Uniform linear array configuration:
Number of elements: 8
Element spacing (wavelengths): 0.25
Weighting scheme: cosine
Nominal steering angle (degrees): -45
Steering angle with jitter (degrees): -46.531
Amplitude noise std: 0.05
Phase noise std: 0.05

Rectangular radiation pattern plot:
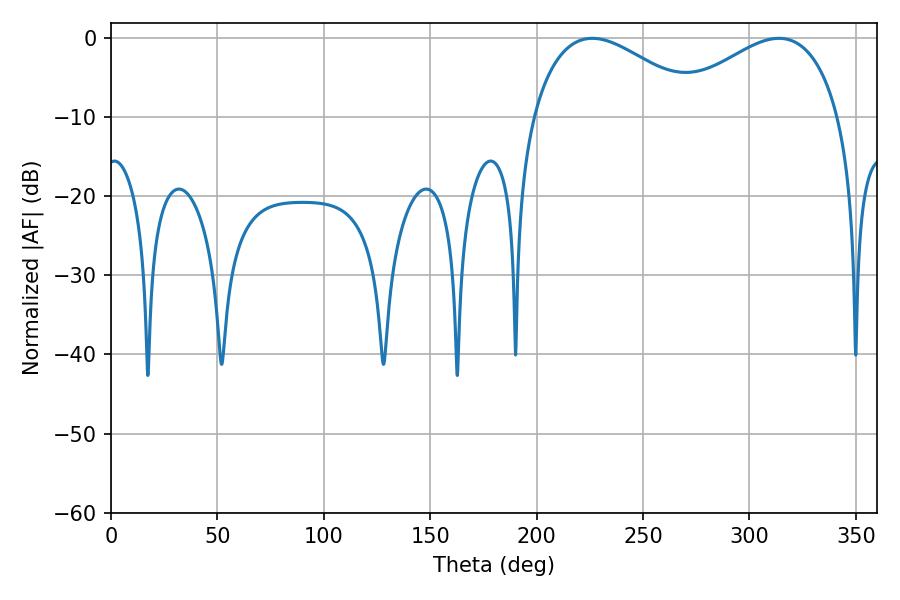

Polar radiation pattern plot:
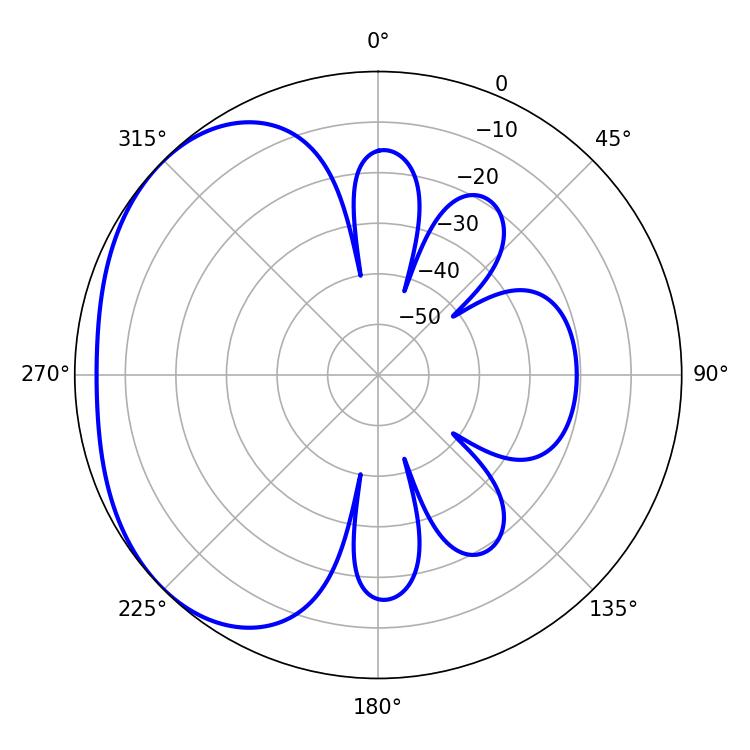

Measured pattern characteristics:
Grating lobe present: FALSE
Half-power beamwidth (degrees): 43.92
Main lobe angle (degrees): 226.08